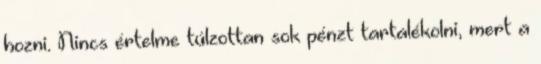
hozni. Nincs értelme túlzottan sok pénzt tartalékolni, mert a